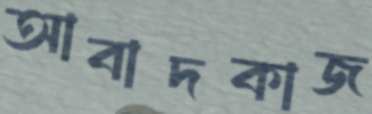
আবাদকাজ